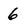
Character: 6